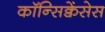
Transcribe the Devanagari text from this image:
कॉन्सिक्वेंसेस